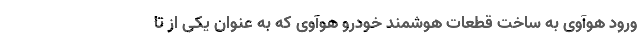
ورود هوآوی به ساخت قطعات هوشمند خودرو هوآوی که به عنوان یکی از تا